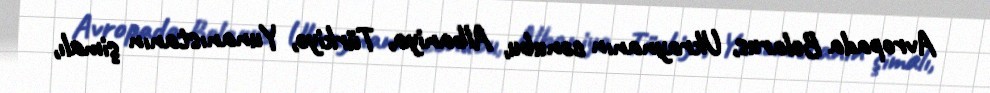
Avropada Belarus, Ukraynanın cənubu, Albaniya, Türkiyə, Yunanıstanın şimalı,